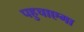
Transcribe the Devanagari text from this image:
पहुचाएगा